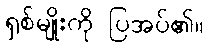
ရှစ်မျိုးကို ပြအပ်၏။